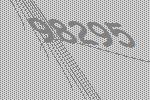
98295